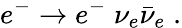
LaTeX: e^{-}\to e^{-}\; \nu_{e}\bar{\nu}_{e}\; .